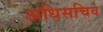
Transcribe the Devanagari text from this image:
अधिसचिव